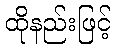
ထိုနည်းဖြင့်